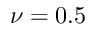
\nu = 0 . 5